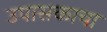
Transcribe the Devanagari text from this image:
उपासकाचा